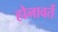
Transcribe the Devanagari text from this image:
होनावर्ते